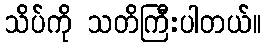
သိပ်ကို သတိကြီးပါတယ်။